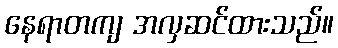
နေရာတကျ အလှဆင်ထားသည်။